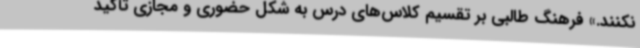
نکنند.» فرهنگ طالبی بر تقسیم کلاس‌های درس به شکل حضوری و مجازی تأکید